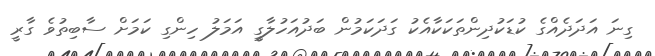
ގިނަ އަދަދެއްގެ ކުޑަކުދިންތަކަކާއެކު ގަދަކަމުން ބަދުއަހުލާގީ އަމަލު ހިންގި ކަމަށް ސާބިތުވެ ގާރީ